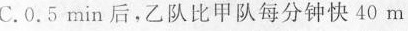
C.0.5min后，乙队比甲队每分钟快40m